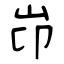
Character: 岇